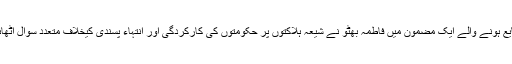
روزنامہ ’دی ہندو‘ میں شایع ہونے والے ایک مضمون میں فاطمہ بھٹو نے شیعہ ہلاکتوں پر حکومتوں کی کارکردگی اور انتہاء پسندی کیخلاف متعدد سوال اٹھائے اور تنقید کا نشانہ بنایا۔